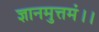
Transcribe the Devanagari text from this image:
ज्ञानमुत्तमं।।